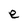
Character: e